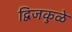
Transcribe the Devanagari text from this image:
द्विजकुळे